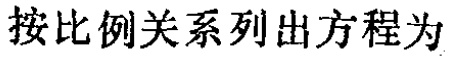
按比例关系列出方程为